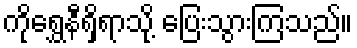
ကိုရွှေနီရှိရာသို့ ပြေးသွားကြသည်။